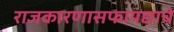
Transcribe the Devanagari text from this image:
राजकारणासफायद्याचे